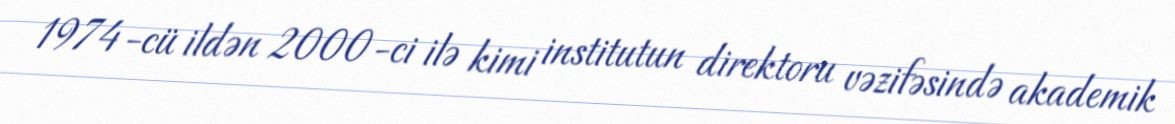
1974-cü ildən 2000-ci ilə kimi institutun direktoru vəzifəsində akademik